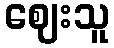
ဈေးသူ